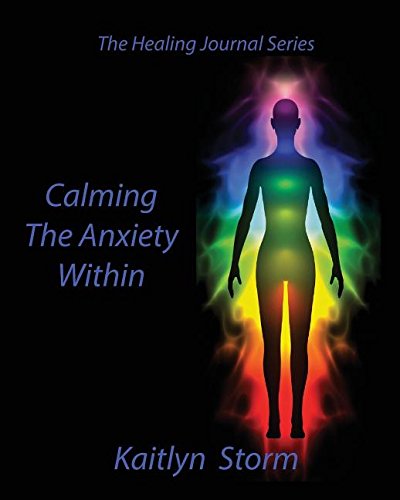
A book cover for Calming The Anxiety Within (The Healing Journal Series); Kaitlyn Storm; Literature & Fiction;